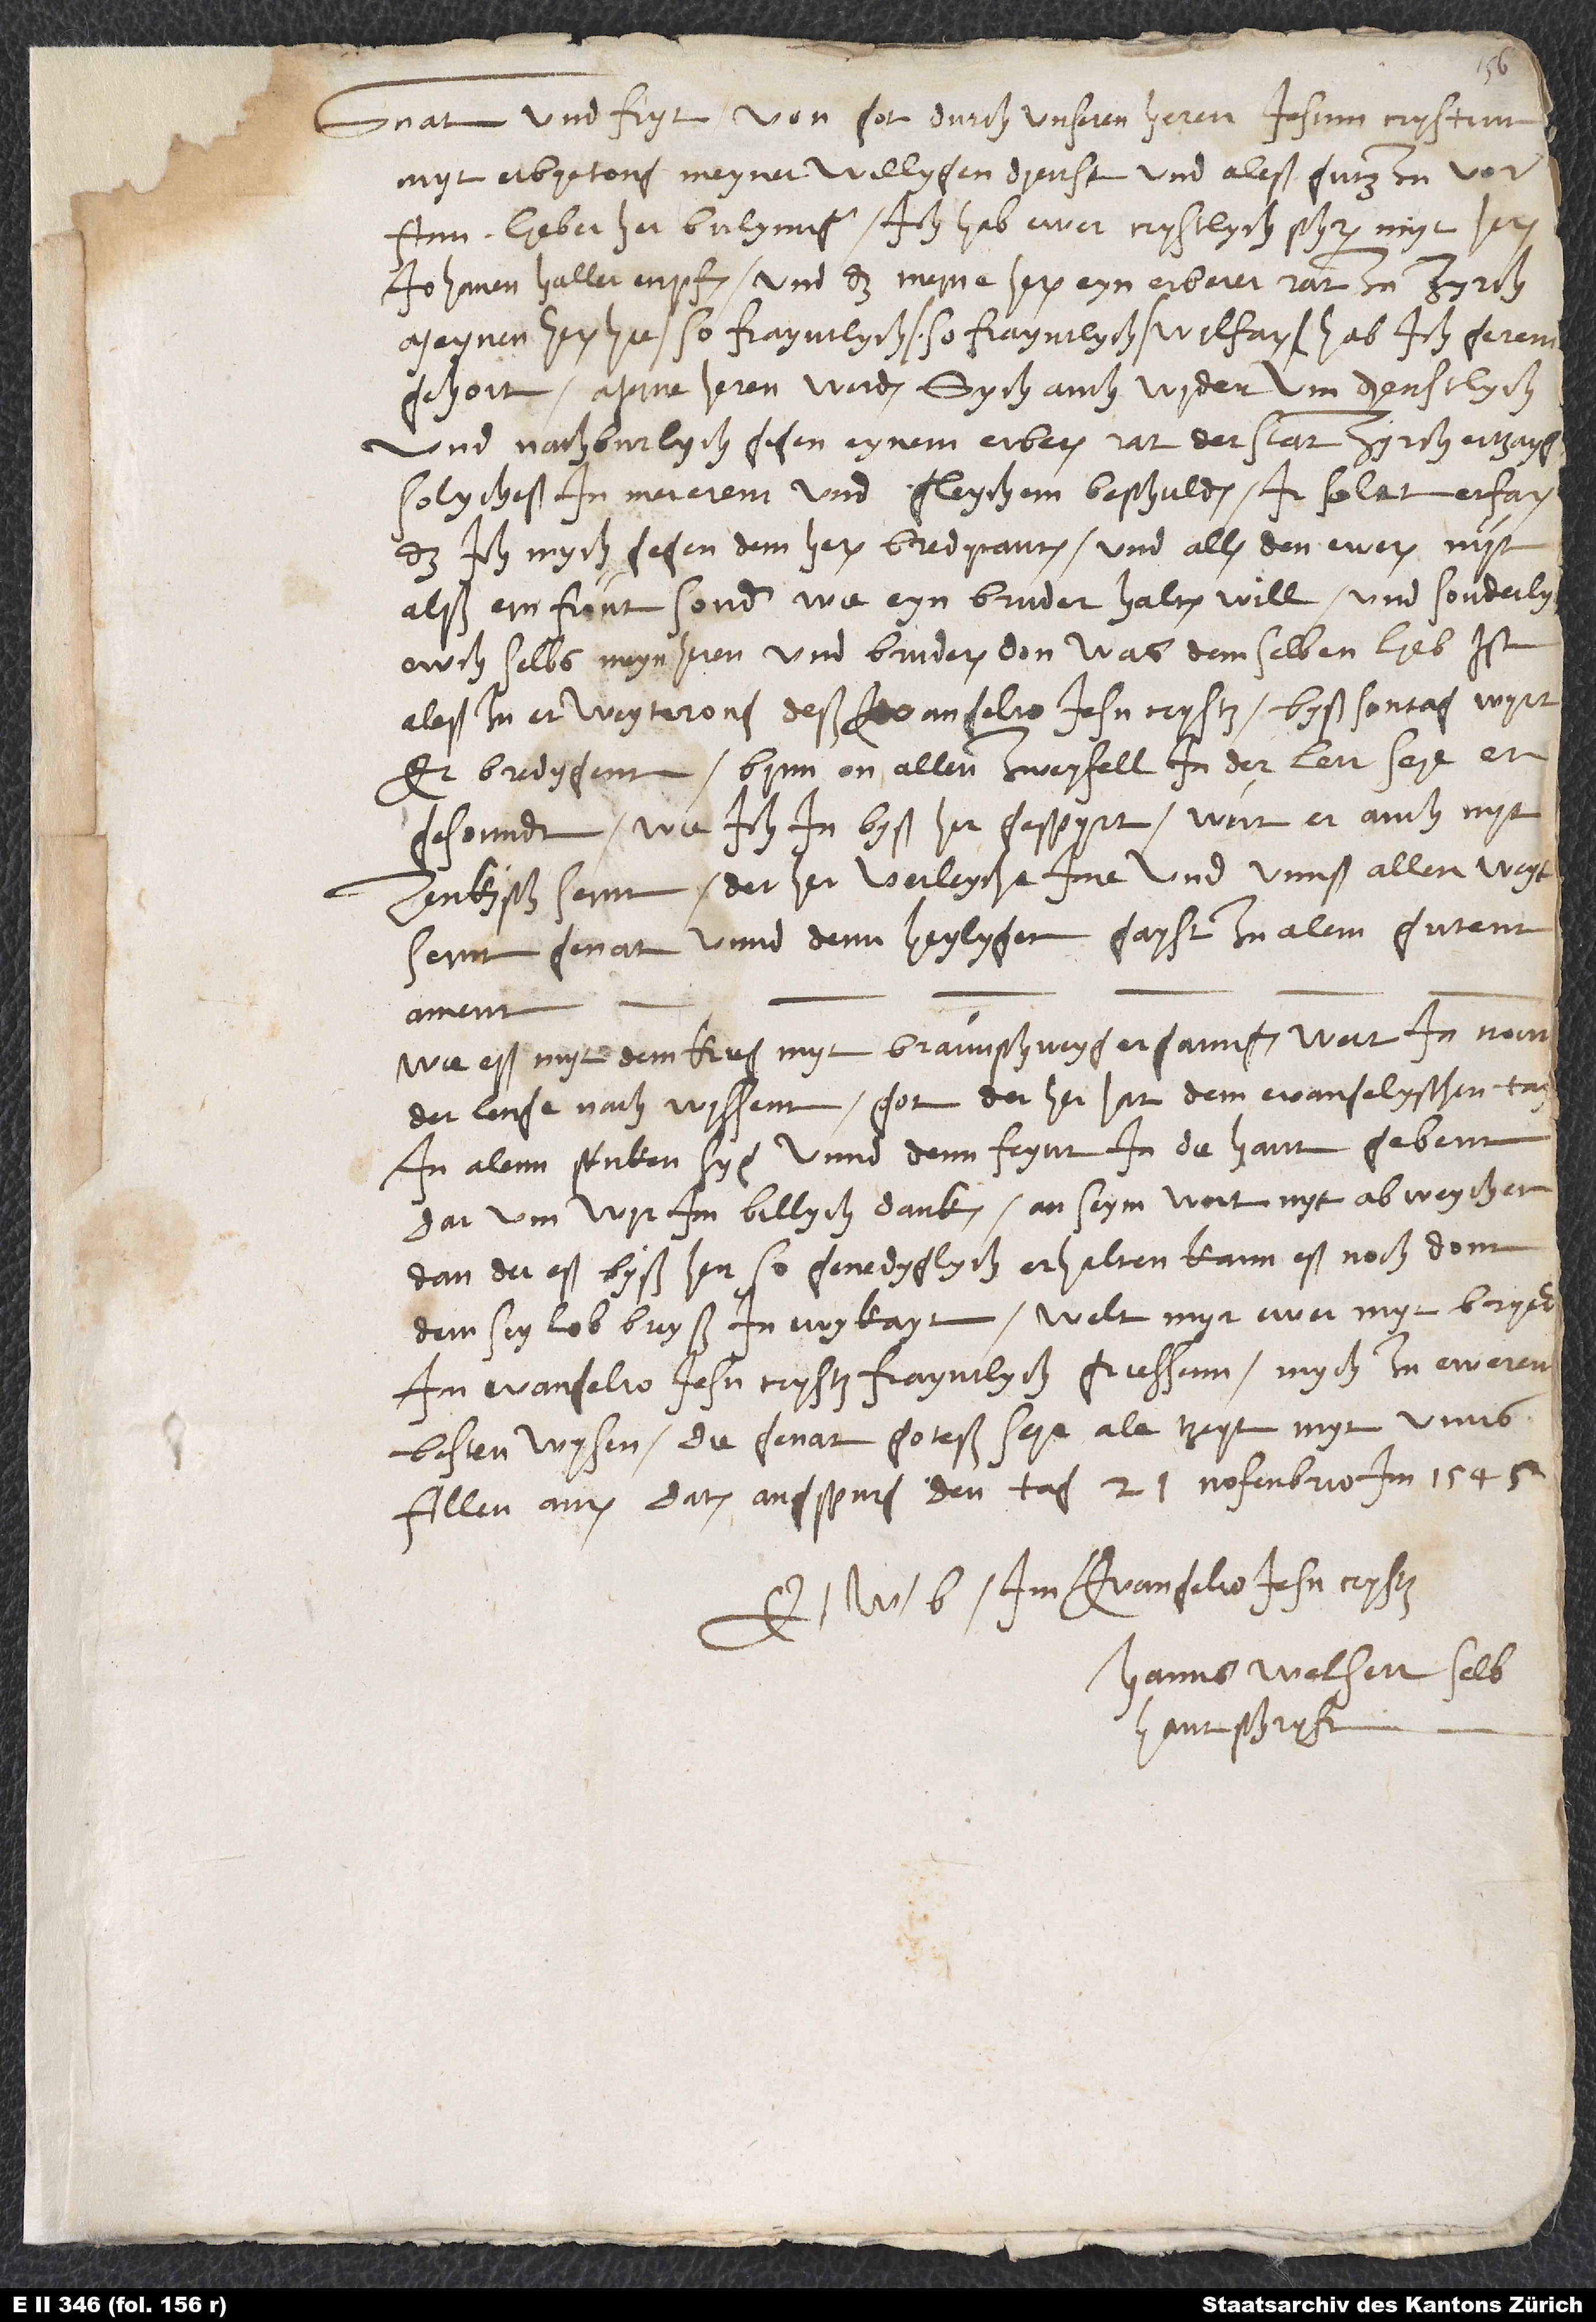
Gnat und fryt von got durch unseren heren Jesum Crystum
myt erbyetong meyner willygen dyenst und aleß gutz zu vorann.
Lieber her Bulynnger, ich hab ewer crystlych schryben myt hern
Johanen Haller enpfangen, und daz meyne heren, eyn erbarer rat zu Zyrch,
meynen heren hie so frayntlych, so frayntlich wilfaren, hab ich geren
ewch selbs, meyn heren und bruderen, don, was demselben lieb ist,
aleß in erweyterong deß evangelio Jesu Crystz. Byß sontag wyrt
er bredygenn. Bynn on allen zweyfell, in der lerr seye er
gesonndt. Wie ich in byßher gespyrt, wirt er auch nyt
zenkysch seinn. Der her verleyche ime und unnß allen weyter
seinn genat unnd denn heylygen gayst zu alem gutenn.
Amenn.
Wie eß myt dem krieg myt Braunschweyg erganngen, wert ir nonn
der lenge nach wyssenn. Got der her hat dem evangelyschen tay
in evangelio Jesu Crystz frayntlych griessenn, mych zu ewerem
besten wysen. Die genat goteß seye aletzeyt myt unns
allen. Amen. Datum Augspurg, den tag 21. nofenbrio im 1545.
Hanns Welserr, selb
hantschryft.